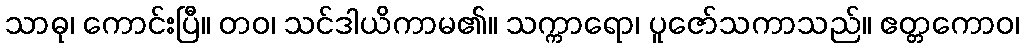
သာဓု၊ ကောင်းပြီ။ တဝ၊ သင်ဒါယိကာမ၏။ သက္ကာရော၊ ပူဇော်သကာသည်။ ဧတ္တကောဝ၊